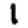
Digit: 1